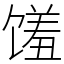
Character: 馐